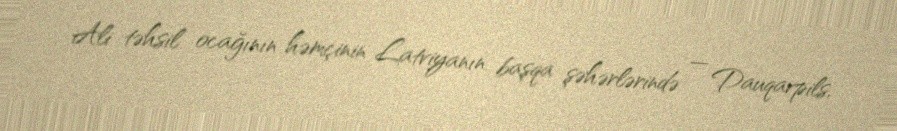
Ali təhsil ocağının həmçinin Latviyanın başqa şəhərlərində — Dauqavpils,